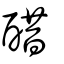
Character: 醋